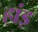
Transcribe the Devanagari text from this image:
हांइ